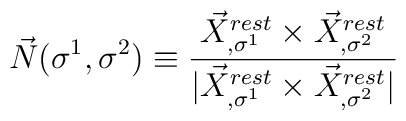
\vec{N}(\sigma^1, \sigma^2) \equiv \frac{\vec{X}^{rest}_{,\sigma^{1}}   \times  \vec{X}^{rest}_{,\sigma^{2}}}{|\vec{X}^{rest}_{,\sigma^{1}}   \times \vec{X}^{rest}_{,\sigma^{2}}|}